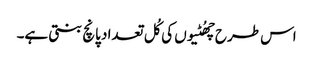
اس طرح چھُٹیوں کی کُل تعداد پانچ بنتی ہے۔